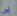
أوان